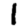
Digit: 1